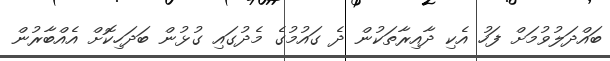
ބައްދަލުވުމަށް ފަހު އެކި ދާއިރާތަކުން ދެ ގައުމުގެ މެދުގައި ގުޅުން ބަދަހިކޮށް އެއްބާރުން